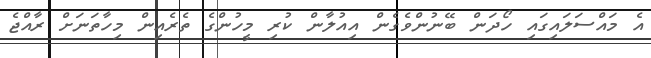
އެ މައްސަލައިގައި ހޯދަން ބޭނުންވެގެން އިއުލާން ކުރި މީހުންގެ ތެރެއިން މިހާތަނަށް ރާއްޖެ